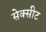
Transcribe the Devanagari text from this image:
सेक्सीट